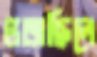
ভজছিলে